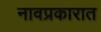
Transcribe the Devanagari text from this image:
नावप्रकारात